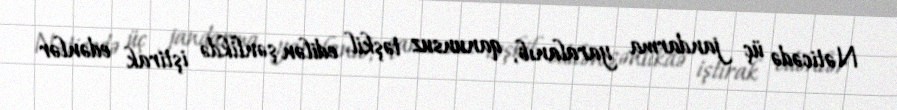
Nəticədə üç jandarma yaralanıb, qanunsuz təşkil edilən şənlikdə iştirak edənlər